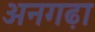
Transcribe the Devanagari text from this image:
अनगढ़ा